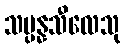
သမ္ပန္နသီလေသု